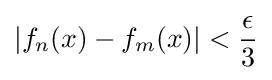
\left|f_{n}(x)-f_{m}(x)\right|<{\frac {\epsilon }{3}}